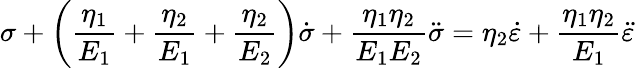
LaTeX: \sigma+\left({\frac{\eta_{1}}{E_{1}}}+{\frac{\eta_{2}}{E_{1}}}+{\frac{\eta_{2}}{E_{2}}}\right){\dot{\sigma}}+{\frac{\eta_{1}\eta_{2}}{E_{1}E_{2}}}{\ddot{\sigma}}=\eta_{2}{\dot{\varepsilon}}+{\frac{\eta_{1}\eta_{2}}{E_{1}}}{\ddot{\varepsilon}}